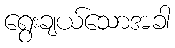
ရွေးချယ်သောအခါ